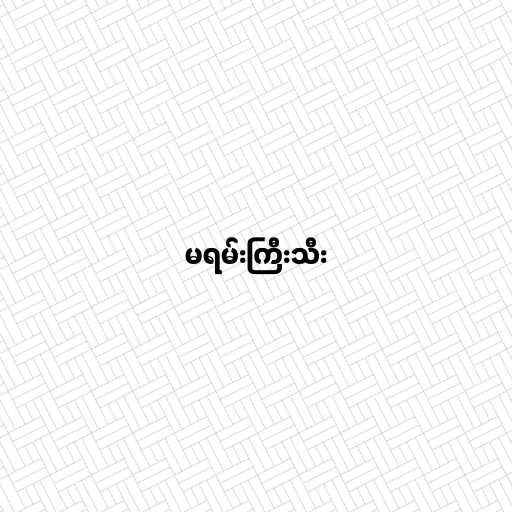
မရမ်းကြီးသီး